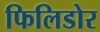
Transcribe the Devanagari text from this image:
फिलिडोर